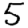
Digit: 5